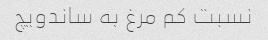
نسبت کم مرغ به ساندویچ